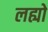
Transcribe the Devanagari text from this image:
लह्यो